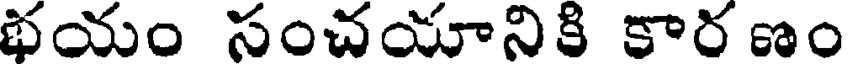
భయం సంచయానికి కార ణం